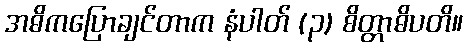
အဓိကပြောချင်တာက နံပါတ် (၃) စိတ္တာဓိပတိ။